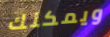
ويمكنك